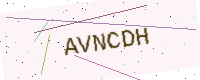
Text: AVNCDH